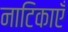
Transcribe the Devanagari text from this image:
नाटिकाएँ